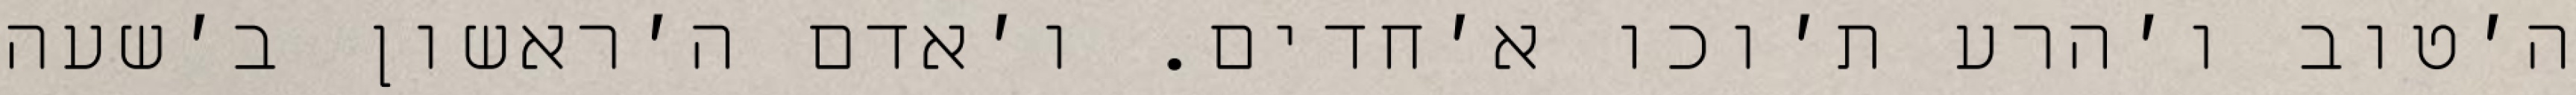
ה׳טוב ו׳הרע ת׳וכו א׳חדים. ו׳אדם ה׳ראשון ב׳שעה